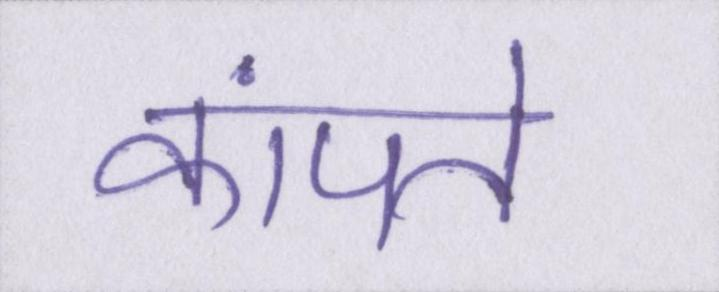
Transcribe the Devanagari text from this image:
कांपते